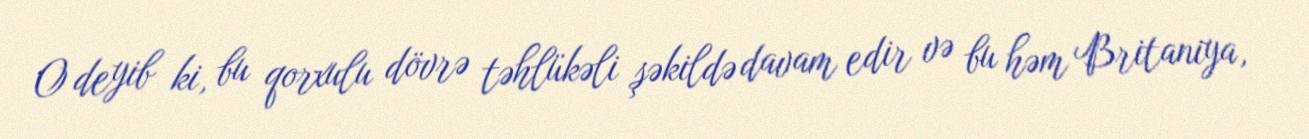
O deyib ki, bu qorxulu dövrə təhlükəli şəkildə davam edir və bu həm Britaniya,